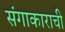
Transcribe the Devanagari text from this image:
संगाकाराची